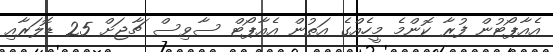
އެއާޕޯޓުން ފުރާ ކޮންމެ މީހެއްގެ އަތުން އެއާޕޯޓް ސާވިސް ޗާޖަށް 25 ޑޮލަރާއި